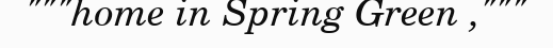
"""home in Spring Green ,"""